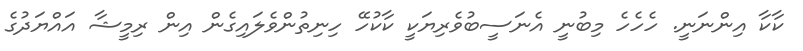
ކާކާ އިންނަނީ. ހެހެހެ މިބުނީ އެނަސީބުވެރިޔަކީ ކާކުހޭ ހިނިތުންވެލައިގެން އިން ރިމީޝާ އައްޔަދުގެ